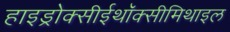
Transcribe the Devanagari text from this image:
हाइड्रोक्सीईथॉक्सीमिथाइल